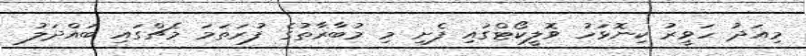
މިއަދު ހަވީރު ކިނޮޅަހު ވޮލީކޯޓްގައި ފެށި މި މުބާރާތުގެ ފުރަތަމަ މެޗްގައި ބައްދަލު